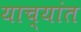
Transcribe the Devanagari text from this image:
याच्यांत